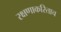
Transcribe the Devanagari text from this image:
रक्षणाकरिताच